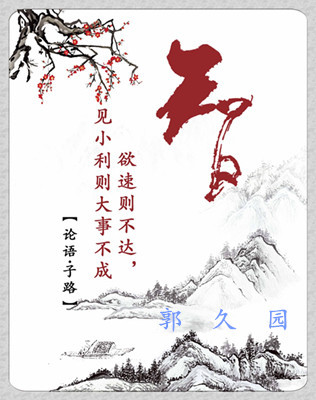
贫家而学富家之衣食多用，则速亡必矣。